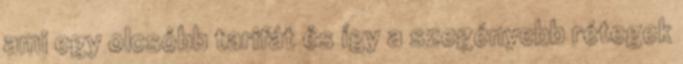
ami egy olcsóbb tarifát és így a szegényebb rétegek